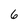
Character: 6